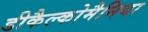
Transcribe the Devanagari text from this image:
डीकैल्कोमैनिया